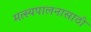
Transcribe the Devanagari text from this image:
मत्‍स्यपालनासाठी